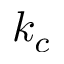
k _ { c }